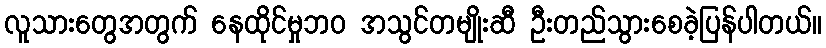
လူသားတွေအတွက် နေထိုင်မှုဘဝ အသွင်တမျိုးဆီ ဦးတည်သွားစေခဲ့ပြန်ပါတယ်။